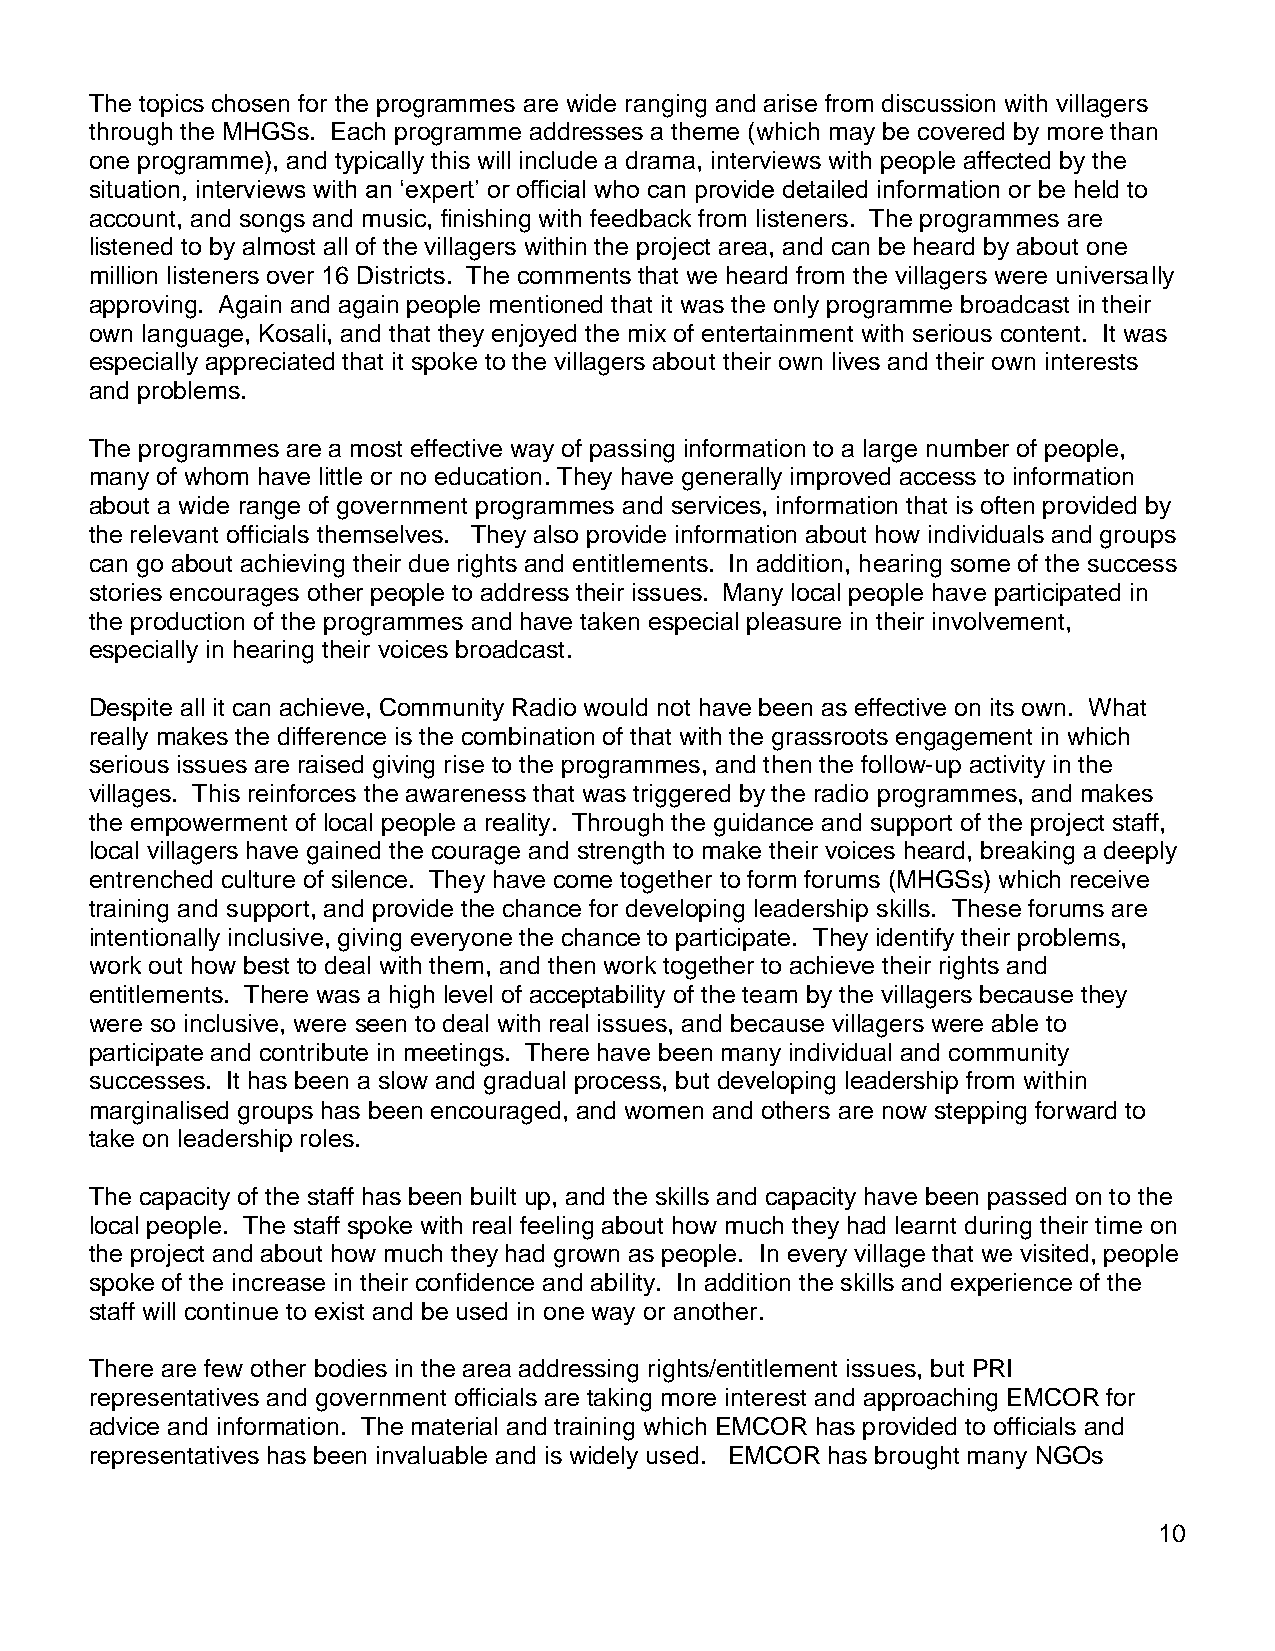
The topics chosen for the programmes are wide ranging and arise from discussion with villagers
 through the MHGSs. Each programme addresses a theme (which may be covered by more than
 one programme), and typically this will include a drama, interviews with people affected by the
 situation, interviews with an ‘expert’ or official who can provide detailed information or be held to
 account, and songs and music, finishing with feedback from listeners. The programmes are
 listened to by almost all of the villagers within the project area, and can be heard by about one
 million listeners over 16 Districts. The comments that we heard from the villagers were universally
 approving. Again and again people mentioned that it was the only programme broadcast in their
 own language, Kosali, and that they enjoyed the mix of entertainment with serious content. It was
 especially appreciated that it spoke to the villagers about their own lives and their own interests
 and problems.
 The programmes are a most effective way of passing information to a large number of people,
 many of whom have little or no education. They have generally improved access to information
 about a wide range of government programmes and services, information that is often provided by
 the relevant officials themselves. They also provide information about how individuals and groups
 can go about achieving their due rights and entitlements. In addition, hearing some of the success
 stories encourages other people to address their issues. Many local people have participated in
 the production of the programmes and have taken especial pleasure in their involvement,
 especially in hearing their voices broadcast.
 Despite all it can achieve, Community Radio would not have been as effective on its own. What
 really makes the difference is the combination of that with the grassroots engagement in which
 serious issues are raised giving rise to the programmes, and then the follow-up activity in the
 villages. This reinforces the awareness that was triggered by the radio programmes, and makes
 the empowerment of local people a reality. Through the guidance and support of the project staff,
 local villagers have gained the courage and strength to make their voices heard, breaking a deeply
 entrenched culture of silence. They have come together to form forums (MHGSs) which receive
 training and support, and provide the chance for developing leadership skills. These forums are
 intentionally inclusive, giving everyone the chance to participate. They identify their problems,
 work out how best to deal with them, and then work together to achieve their rights and
 entitlements. There was a high level of acceptability of the team by the villagers because they
 were so inclusive, were seen to deal with real issues, and because villagers were able to
 participate and contribute in meetings. There have been many individual and community
 successes. It has been a slow and gradual process, but developing leadership from within
 marginalised groups has been encouraged, and women and others are now stepping forward to
 take on leadership roles.
 The capacity of the staff has been built up, and the skills and capacity have been passed on to the
 local people. The staff spoke with real feeling about how much they had learnt during their time on
 the project and about how much they had grown as people. In every village that we visited, people
 spoke of the increase in their confidence and ability. In addition the skills and experience of the
 staff will continue to exist and be used in one way or another.
 There are few other bodies in the area addressing rights/entitlement issues, but PRI
 representatives and government officials are taking more interest and approaching EMCOR for
 advice and information. The material and training which EMCOR has provided to officials and
 representatives has been invaluable and is widely used. EMCOR has brought many NGOs
 10